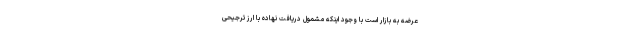
عرضه به بازار است با وجود اینکه مشمول دریافت نهاده با ارز ترجیحی